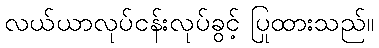
လယ်ယာလုပ်ငန်းလုပ်ခွင့် ပြုထားသည်။